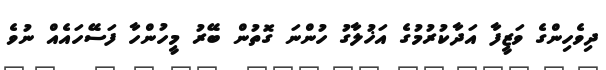
ދިވެހިންގެ ވަޒީފާ އަދާކުރުމުގެ އަޚުލާގު ހުންނަ ގޮތުން ބޭރު މީހުންހާ ފަސޭހައެއް ނުވެ